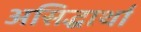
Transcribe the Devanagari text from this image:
असिद्धार्था